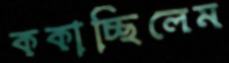
ককাচ্ছিলেম